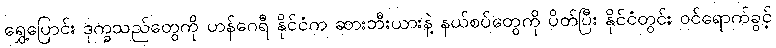
ရွှေ့ပြောင်း ဒုက္ခသည်တွေကို ဟန်ဂေရီ နိုင်ငံက ဆားဘီးယားနဲ့ နယ်စပ်တွေကို ပိတ်ပြီး နိုင်ငံတွင်း ဝင်ရောက်ခွင့်